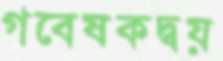
গবেষকদ্বয়